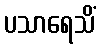
ပသာရေသိံ